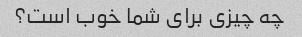
چه چیزی برای شما خوب است؟